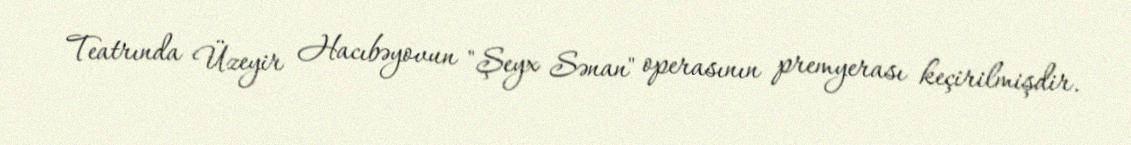
Teatrında Üzeyir Hacıbəyovun "Şeyx Sənan" operasının premyerası keçirilmişdir.